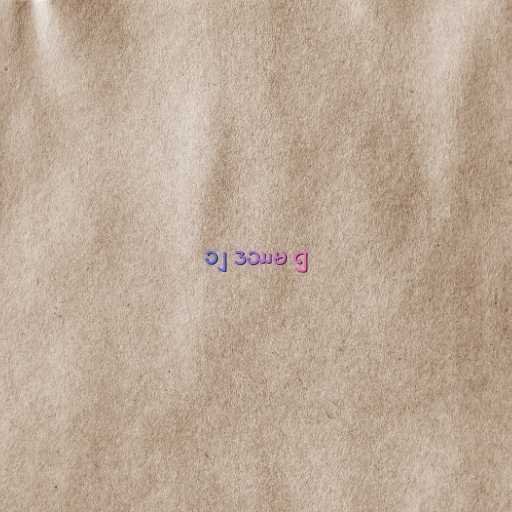
၁၂ ဒဿမ ၅